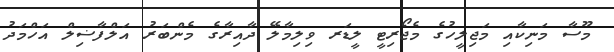
މޫސާ މަނިކާއި މަޖިލީހުގެ މެޖޯރިޓީ ލީޑަރ ވިލިމާލޭ ދާއިރާގެ މެންބަރު އަލްފާޟިލް އަހްމަދު